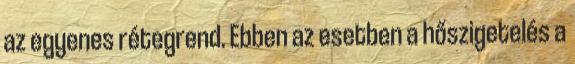
az egyenes rétegrend. Ebben az esetben a hőszigetelés a